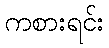
ကစားရင်း